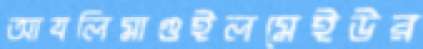
আযলিমাগুইলমেইউর